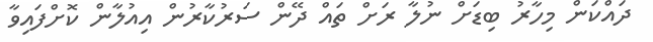
ދައްކަން މިހާރު ބިޑަށް ނުލާ ރަށް ތައް ދޭން ސަރުކާރުން އިއުލާން ކޮށްފައިވާ